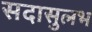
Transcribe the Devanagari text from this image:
सदासुलभ